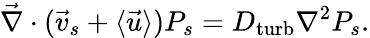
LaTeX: \vec{\nabla}\cdot(\vec{v}_{s}+\langle\vec{u}\rangle)P_{s}=D_{\mathrm{turb}}\nabla^{2}P_{s}.